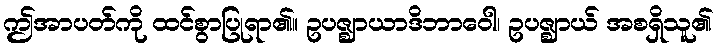
ဤအာပတ်ကို ထင်စွာပြုရာ၏။ ဥပဇ္ဈာယာဒိဘာဝေါ၊ ဥပဇ္ဈာယ် အစရှိသူ၏